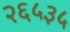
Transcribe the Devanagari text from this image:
२६५३५